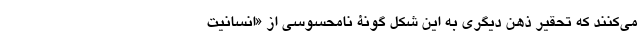
می‌کنند که تحقیر ذهن دیگری به این شکلْ گونۀ نامحسوسی از «انسانیت‌